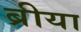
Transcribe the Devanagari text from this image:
ब्रीया